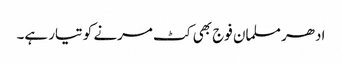
ادھر مسلمان فوج بھی کٹ مرنے کو تیار ہے۔